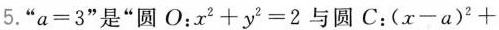
5.”$$a = 3$$”是”圆O：$$x ^ { 2 } + y ^ { 2 } = 2$$与圆C：$$( x - a ) ^ { 2 } +